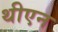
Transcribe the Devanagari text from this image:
थीएन